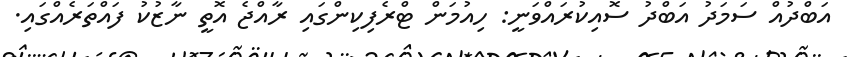
އަބްދުއް ސަމަދު އަބްދު ސޮއިކުރައްވަނީ: ހިއުމަން ޓްރެފިކިންގައި ރާއްޖެ އޮތީ ނާޒުކު ފައްތަރެއްގައި.